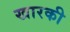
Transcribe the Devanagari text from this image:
खारकी